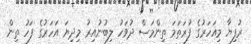
ރުފިޔާ މިއަހަރުގެ ފުރަތަމަ ތިންމަސް ދުވަހު ލިބުނުއިރު މިދިޔަ އަހަރުގެ ފަހު ތިން